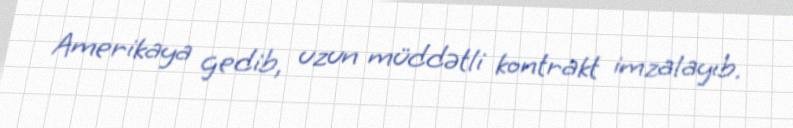
Amerikaya gedib, uzun müddətli kontrakt imzalayıb.